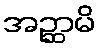
အဉ္ဆာမိ